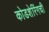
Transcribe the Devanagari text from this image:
कोडशेरिंगची